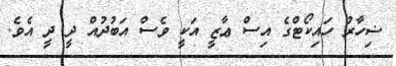
ޟިހާރު ހައިކޯޓްގެ އިސް ޢާޒީ އަކީ ވެސް އަބުދުއް ދީ ދީ އެވެ.